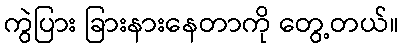
ကွဲပြား ခြားနားနေတာကို တွေ့တယ်။